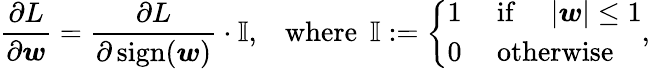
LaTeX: \frac{\partial L}{\partial\boldsymbol{w}}=\frac{\partial L}{\partial\operatorname{sign}(\boldsymbol{w})}\cdot\mathbb{I},\; \; \; \operatorname{where}\; \mathbb{I}:=\left\{ \begin{array}{ll}{1}&{\mathrm{~if~}\quad|\boldsymbol{w}|\leq 1}\\ {0}&{\mathrm{~otherwise}}\end{array}\right.,